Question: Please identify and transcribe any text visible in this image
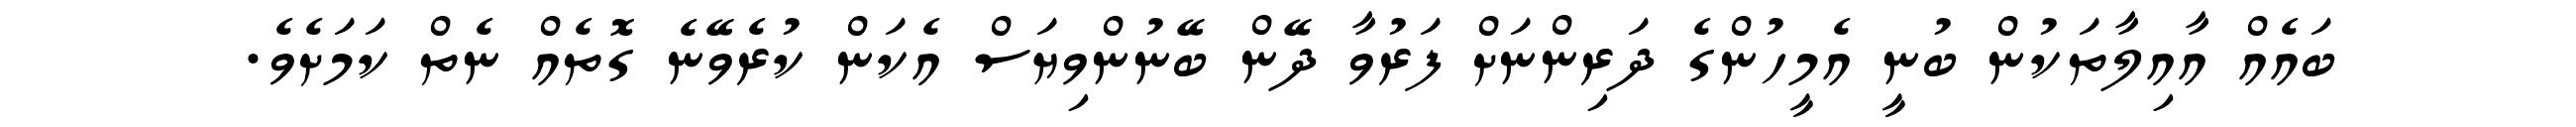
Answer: ބައެއް އާއިލާތަކުން ބުނީ އެމީހުންގެ ދަރިންނަށް ފަރުވާ ދޭން ބޭނުންވިޔަސް އެކަން ކުރެވޭނެ ގޮތެއް ނެތް ކަމަށެވެ.